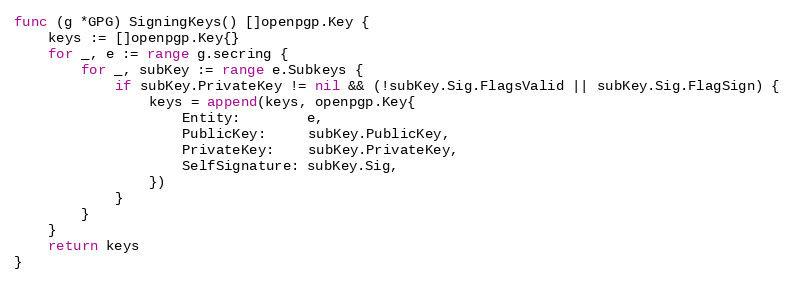
Language: Go
func (g *GPG) SigningKeys() []openpgp.Key {
	keys := []openpgp.Key{}
	for _, e := range g.secring {
		for _, subKey := range e.Subkeys {
			if subKey.PrivateKey != nil && (!subKey.Sig.FlagsValid || subKey.Sig.FlagSign) {
				keys = append(keys, openpgp.Key{
					Entity:        e,
					PublicKey:     subKey.PublicKey,
					PrivateKey:    subKey.PrivateKey,
					SelfSignature: subKey.Sig,
				})
			}
		}
	}
	return keys
}